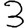
Digit: 3